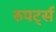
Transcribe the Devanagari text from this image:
रुपर्ट्स